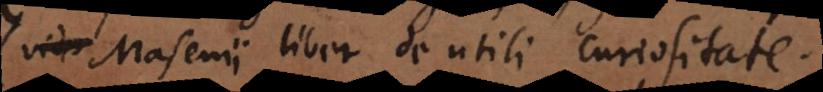
(Masenii liber De utili curiositate.)